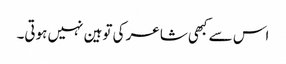
اس سے کبھی شاعر کی توہین نہیں ہوتی۔